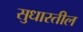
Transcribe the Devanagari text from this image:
सुधारतील